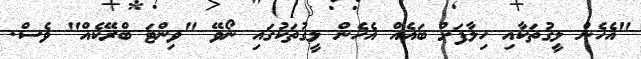
"އެހެން ލީގުތަކާއި ހިލާފަށް ބައެއް އެހެން ލީގުތަކުގައި ނޯވޭ "ވިންޓަ ބްރޭކެއް" ވެސް.